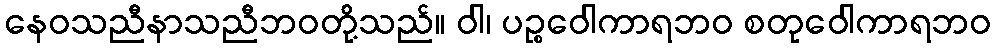
နေဝသညီနာသညီဘဝတို့သည်။ ဝါ၊ ပဉ္စဝေါကာရဘဝ စတုဝေါကာရဘဝ